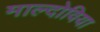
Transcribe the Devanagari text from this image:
माल्दोविया